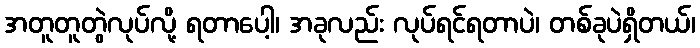
အတူတူတွဲလုပ်လို့ ရတာပေါ့၊ အခုလည်း လုပ်ရင်ရတာပဲ၊ တစ်ခုပဲရှိတယ်၊